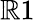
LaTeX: \mathbb{R}1